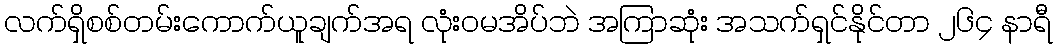
လက်ရှိစစ်တမ်းကောက်ယူချက်အရ လုံးဝမအိပ်ဘဲ အကြာဆုံး အသက်ရှင်နိုင်တာ ၂၆၄ နာရီ